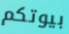
بيوتكم